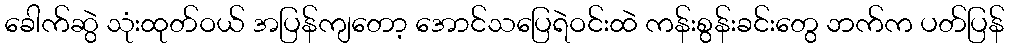
ခေါက်ဆွဲ သုံးထုတ်ဝယ် အပြန်ကျတော့ အောင်သပြေရဲဝင်းထဲ ကန်းစွန်းခင်းတွေ ဘက်က ပတ်ပြန်